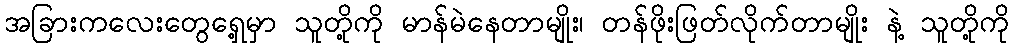
အခြားကလေးတွေရှေ့မှာ သူတို့ကို မာန်မဲနေတာမျိုး၊ တန်ဖိုးဖြတ်လိုက်တာမျိုး နဲ့ သူတို့ကို